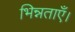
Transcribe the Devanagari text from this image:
भिन्नताएँ।